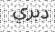
دبري